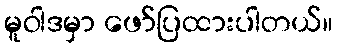
မူဝါဒမှာ ဖော်ပြထားပါတယ်။